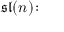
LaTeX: { \mathfrak { s l } } ( n ) \colon